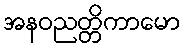
အနဝညတ္တိကာမော